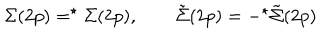
\Sigma ( 2 p ) = ^ { \star } \Sigma ( 2 p ) , \qquad \tilde { \Sigma } ( 2 p ) = - ^ { \star } \tilde { \Sigma } ( 2 p )